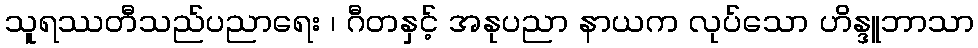
သူရဿတီသည်ပညာရေး ၊ ဂီတနှင့် အနုပညာ နာယက လုပ်သော ဟိန္ဒူဘာသာ